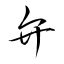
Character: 弁